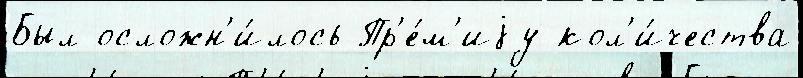
Был осложн'и́лось Пр'е́м'иjу кол'и́чества